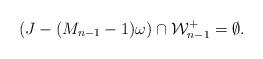
LaTeX: \begin{align*}(J-(M_{n-1}-1)\omega)\cap \mathcal W^+_{n-1}=\emptyset.\end{align*}